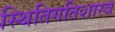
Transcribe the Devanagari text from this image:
स्थितिगतिशास्त्र